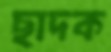
ছাদক